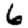
Digit: 6